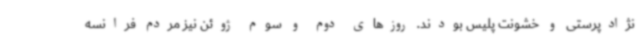
نژادپرستی و خشونت پلیس بودند. روزهای دوم و سوم ژوئن نیز مردم فرانسه